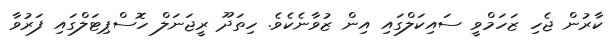
ކާރުން ޖެހި ޒަހަމްވީ ސައިކަލްގައި އިން ޒުވާނެކެވެ. ހިތަދޫ ރީޖަނަލް ހޮސްޕިޓަލްގައި ފަރުވާ